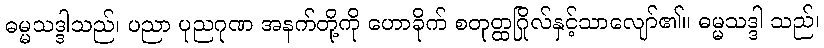
ဓမ္မသဒ္ဒါသည်၊ ပညာ ပုညဂုဏ အနက်တို့ကို ဟောခိုက် စတုတ္ထဂြိုလ်နှင့်သာလျော်၏။ ဓမ္မသဒ္ဒါ သည်၊